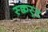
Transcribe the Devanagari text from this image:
स्क्वस्र्ट